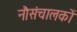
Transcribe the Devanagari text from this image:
नौसंचालकों